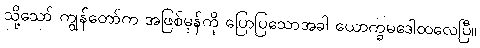
သို့သော် ကျွန်တော်က အဖြစ်မှန်ကို ပြောပြသောအခါ ယောက္ခမဒေါထလေပြီ။